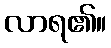
လာရ၏။